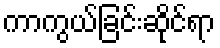
ကာကွယ်ခြင်းဆိုင်ရာ